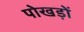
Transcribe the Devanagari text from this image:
पोखड़ों